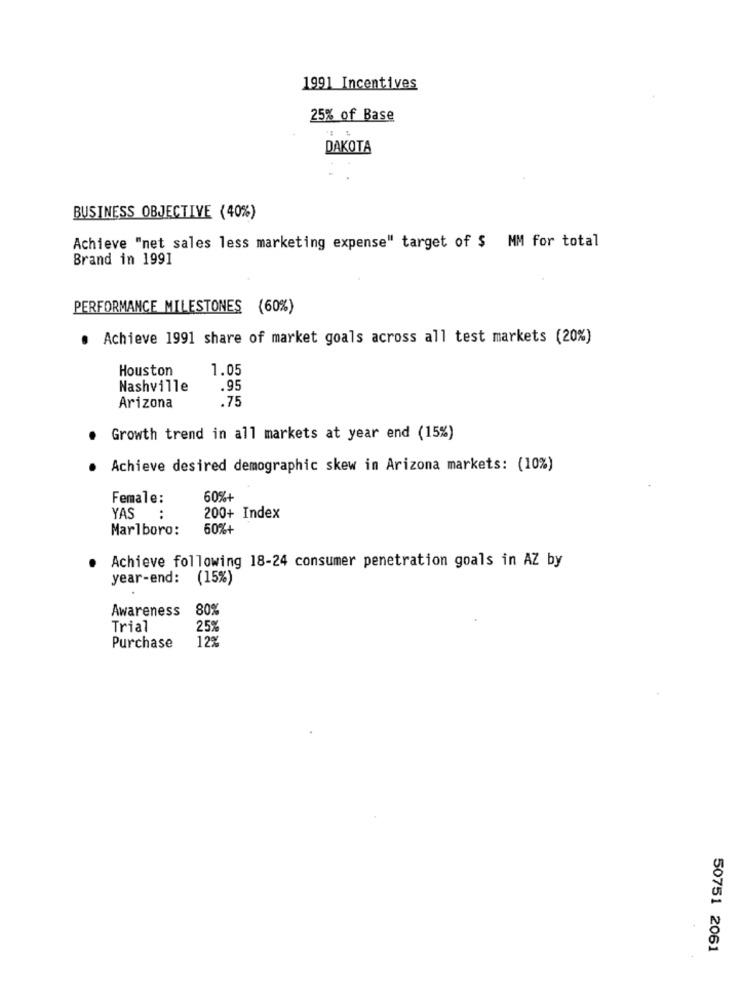
1991 Incentives
25% of Base
DAKOTA
BUSINESS OBJECTIVE (40%)
Achieve "net sales less marketing expense" target of $ MM for total
Brand in 1991
PERFORMANCE MILESTONES (60%)
. Achieve 1991 share of market goals across all test markets (20%)
Houston
1.05
Nashville
.95
.75
Arizona
Growth trend in all markets at year end (15%)
Achieve desired demographic skew in Arizona markets: (10%)
Female:
60%+
YAS
:
200+ Index
Marlboro:
60%+
Achieve following 18-24 consumer penetration goals in AZ by
year-end:
(15%)
Awareness
80%
Trial
25%
12%
Purchase
50751 2061